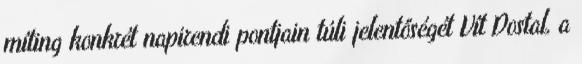
míting konkrét napirendi pontjain túli jelentőségét Vít Dostal, a